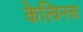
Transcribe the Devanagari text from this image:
केल्विनचा